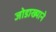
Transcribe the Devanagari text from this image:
जोडाख्याने